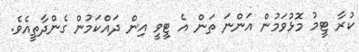
ކުރާ ޓީމު މޮޅުވަމުން އަންނަ ތަން އެ ޓީވީ އިން ދައްކަމުން ގެންދާތީއެވެ.